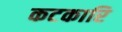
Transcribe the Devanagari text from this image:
कटकारि